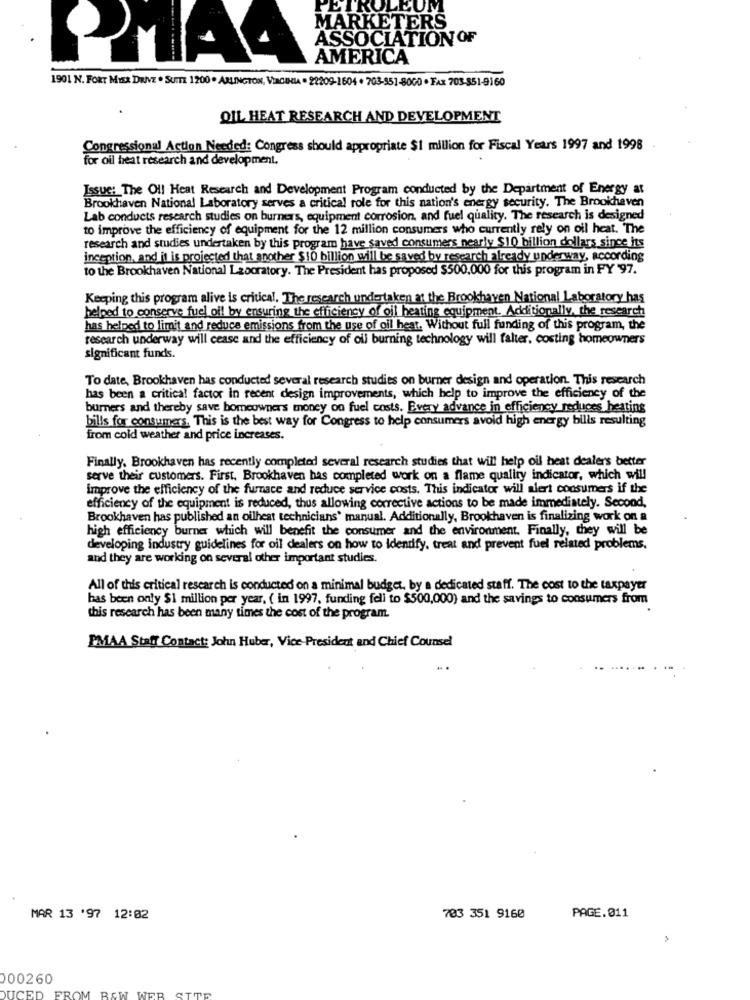
PETROLEUM
MARKETERS
ASSOCIATION OF
.......
AMERICA
1901 N. FORT MYER DRIVE . SUITE 1200 . ARLINGTON, VIRGINIA . 22209-1604 . 703-551-8000 · FAX 703-851-9160
QIL HEAT RESEARCH AND DEVELOPMENT
Congressional Action Needed: Congress should appropriate $1 million for Fiscal Years 1997 and 1998
for oil heat research and development.
Issue: The Ol! Heat Research and Development Program conducted by the Department of Energy at
Brookhaven National Laboratory serves a critical role for this nation's energy security. The Brookhaven
Lab conducts research studies on burners, equipment corrosion, and fuel quality. The research is designed
to improve the efficiency of equipment for the 12 million consumers who currently rely on oil heat. The
research and studies undertaken by this program have saved consumers nearly $10 billion dollars since its
inception, and it is projected that another $10 billion will be saved by research already underway, according
to the Brookhaven National Laboratory. The President has proposed $500.000 for this program in FY '97.
Keeping this program alive is critical. The research undertaken at the Brookhaven National Laboratory has
helped to conserve fuel oil by ensuring the efficiency of oil heating equipment. Additionally, the research
has helped to limit and reduce emissions from the use of oil hear, Without full funding of this program, the
research underway will cease and the efficiency of oil burning technology will falter, costing homeowners
significant funds.
To date, Brookhaven has conducted several research studies on burner design and operation. This research
has been a critical factor in recent design improvements, which help to improve the efficiency of the
burners and thereby save homeowners money on fuel costs. Every advance in efficiency reduces heatins
bills for consumers, This is the best way for Congress to help consumers avoid high energy bills resulting
from cold weather and price increases.
Finally. Brookhaven has recently completed several research studies that will help oil heat dealers better
serve their customers. First, Brookhaven has completed work on a flame quality indicator, which will
improve the efficiency of the furnace and reduce service costs. This indicator will alert consumers if the
efficiency of the equipment is reduced, thus allowing corrective actions to be made immediately. Second,
Brookhaven has published an oilheat technicians' manual. Additionally, Brookhaven is finalizing work on a
high efficiency burner which will benefit the consumer and the environment. Finally, they will be
developing industry guidelines for oil dealers on how to Identify, treat and prevent fuel related problems.
and they are working on several other important studies.
All of this critical research is conducted on a minimal budget. by a dedicated staff. The cost to the taxpayer
has been only $1 million per year, ( in 1997, funding fell to $500,000) and the savings to consumers from
this research has been many times the cost of the program.
PMAA Staff Contact: John Huber, Vice-President and Chief Counsel
MAR 13 '97 12:02
703 351 9160
PAGE.011
000260
FROM BAW
TTE
DUCED